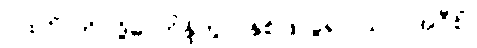
ပထဝိံ၊ ကို။ ဒွိဓာဘိန္ဒိတွာ၊ နှစ်ဖြာခွဲ၍။ ယာဝအဝီစိံ၊